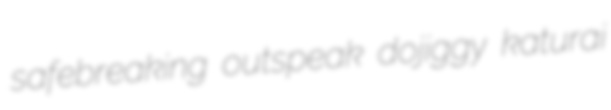
safebreaking outspeak dojiggy katurai